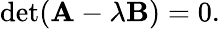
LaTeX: \operatorname*{det}(\mathbf{A}-\lambda\mathbf{B})=0.